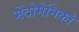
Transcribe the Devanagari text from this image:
मेंदोमेनिको